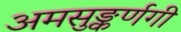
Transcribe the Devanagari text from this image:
अमसुङ्कर्णगी